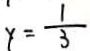
y = \frac { 1 } { 3 }